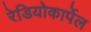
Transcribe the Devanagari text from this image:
रेडियोकार्पेल